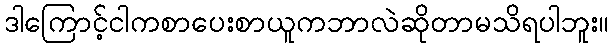
ဒါကြောင့်ငါကစာပေးစာယူကဘာလဲဆိုတာမသိရပါဘူး။